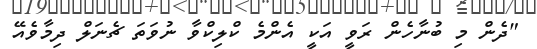
"ދެން މި ބުނާހެން ރަވީ އަކީ އެންމެ ކްލިކްވާ ނުވަތަ ޗެނަލް ދިމާވެއޭ